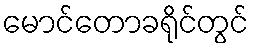
မောင်တောခရိုင်တွင်